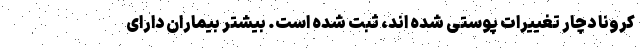
کرونا دچار تغییرات پوستی شده اند، ثبت شده است. بیشتر بیماران دارای